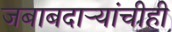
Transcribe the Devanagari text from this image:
जबाबदाऱ्यांचीही